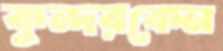
কুন্দরকেন